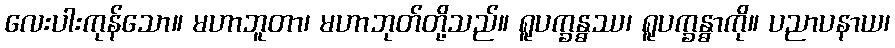
လေးပါးကုန်သော။ မဟာဘူတာ၊ မဟာဘုတ်တို့သည်။ ရူပက္ခန္ဓဿ၊ ရူပက္ခန္ဓာကို။ ပညာပနာယ၊